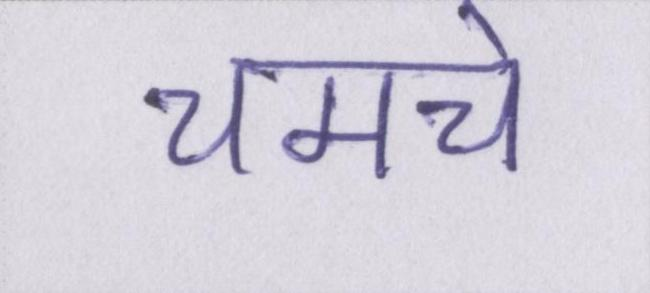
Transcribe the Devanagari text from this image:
चमचे